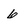
Character: 6